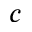
^ c